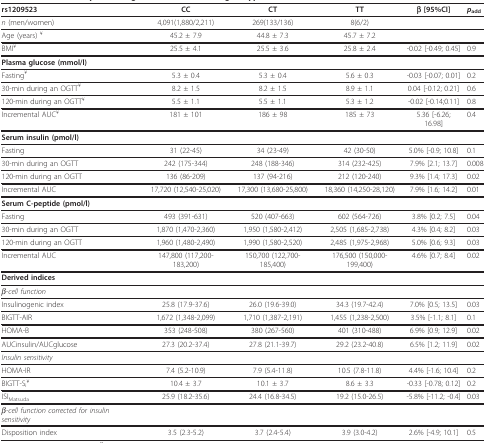
<table><thead><tr><td><b>rs1209523</b></td><td><b>CC</b></td><td><b>CT</b></td><td><b>TT</b></td><td><b>β [95%CI]</b></td><td><b><i>p</i><sub>add</sub></b></td></tr></thead><tbody><tr><td><i>n </i>(men/women)</td><td>4,091(1,880/2,211)</td><td>269(133/136)</td><td>8(6/2)</td><td></td><td></td></tr><tr><td>Age (years) <sup>¥</sup></td><td>45.2 ± 7.9</td><td>44.8 ± 7.3</td><td>45.7 ± 7.2</td><td></td><td></td></tr><tr><td>BMI<sup>¥</sup></td><td>25.5 ± 4.1</td><td>25.5 ± 3.6</td><td>25.8 ± 2.4</td><td>-0.02 [-0.49; 0.45]</td><td>0.9</td></tr><tr><td><b>Plasma glucose (mmol/l)</b></td><td></td><td></td><td></td><td></td><td></td></tr><tr><td>Fasting<sup>¥</sup></td><td>5.3 ± 0.4</td><td>5.3 ± 0.4</td><td>5.6 ± 0.3</td><td>-0.03 [-0.07; 0.01]</td><td>0.2</td></tr><tr><td>30-min during an OGTT<sup>¥</sup></td><td>8.2 ± 1.5</td><td>8.2 ± 1.5</td><td>8.9 ± 1.1</td><td>0.04 [-0.12; 0.21]</td><td>0.6</td></tr><tr><td>120-min during an OGTT<sup>¥</sup></td><td>5.5 ± 1.1</td><td>5.5 ± 1.1</td><td>5.3 ± 1.2</td><td>-0.02 [-0.14;0.11]</td><td>0.8</td></tr><tr><td>Incremental AUC<sup>¥</sup></td><td>181 ± 101</td><td>186 ± 98</td><td>185 ± 73</td><td>5.36 [-6.26; 16.98]</td><td>0.4</td></tr><tr><td><b>Serum insulin (pmol/l)</b></td><td></td><td></td><td></td><td></td><td></td></tr><tr><td>Fasting</td><td>31 (22-45)</td><td>34 (23-49)</td><td>42 (30-50)</td><td>5.0% [-0.9; 10.8]</td><td>0.1</td></tr><tr><td>30-min during an OGTT</td><td>242 (175-344)</td><td>248 (188-346)</td><td>314 (232-425)</td><td>7.9% [2.1; 13.7]</td><td>0.008</td></tr><tr><td>120-min during an OGTT</td><td>136 (86-209)</td><td>137 (94-216)</td><td>212 (120-240)</td><td>9.3% [1.4; 17.3]</td><td>0.02</td></tr><tr><td>Incremental AUC</td><td>17,720 (12,540-25,020)</td><td>17,300 (13,680-25,800)</td><td>18,360 (14,250-28,120)</td><td>7.9% [1.6; 14.2]</td><td>0.01</td></tr><tr><td><b>Serum C-peptide (pmol/l)</b></td><td></td><td></td><td></td><td></td><td></td></tr><tr><td>Fasting</td><td>493 (391-631)</td><td>520 (407-663)</td><td>602 (564-726)</td><td>3.8% [0.2; 7.5]</td><td>0.04</td></tr><tr><td>30-min during an OGTT</td><td>1,870 (1,470-2,360)</td><td>1,950 (1,580-2,412)</td><td>2,505 (1,685-2,738)</td><td>4.3% [0.4; 8.2]</td><td>0.03</td></tr><tr><td>120-min during an OGTT</td><td>1,960 (1,480-2,490)</td><td>1,990 (1,580-2,520)</td><td>2,485 (1,975-2,968)</td><td>5.0% [0.6; 9.3]</td><td>0.03</td></tr><tr><td>Incremental AUC</td><td>147,800 (117,200-183,200)</td><td>150,700 (122,700-185,400)</td><td>176,500 (150,000-199,400)</td><td>4.6% [0.7; 8.4]</td><td>0.02</td></tr><tr><td><b>Derived indices</b></td><td></td><td></td><td></td><td></td><td></td></tr><tr><td><i>β-cell function</i></td><td></td><td></td><td></td><td></td><td></td></tr><tr><td>Insulinogenic index</td><td>25.8 (17.9-37.6)</td><td>26.0 (19.6-39.0)</td><td>34.3 (19.7-42.4)</td><td>7.0% [0.5; 13.5]</td><td>0.03</td></tr><tr><td>BIGTT-AIR</td><td>1,672 (1,348-2,099)</td><td>1,710 (1,387-2,191)</td><td>1,455 (1,238-2,500)</td><td>3.5% [-1.1; 8.1]</td><td>0.1</td></tr><tr><td>HOMA-B</td><td>353 (248-508)</td><td>380 (267-560)</td><td>401 (310-488)</td><td>6.9% [0.9; 12.9]</td><td>0.02</td></tr><tr><td>AUCinsulin/AUCglucose</td><td>27.3 (20.2-37.4)</td><td>27.8 (21.1-39.7)</td><td>29.2 (23.2-40.8)</td><td>6.5% [1.2; 11.9]</td><td>0.02</td></tr><tr><td><i>Insulin sensitivity</i></td><td></td><td></td><td></td><td></td><td></td></tr><tr><td>HOMA-IR</td><td>7.4 (5.2-10.9)</td><td>7.9 (5.4-11.8)</td><td>10.5 (7.8-11.8)</td><td>4.4% [-1.6; 10.4]</td><td>0.2</td></tr><tr><td>BIGTT-S<sub>i</sub><sup>¥</sup></td><td>10.4 ± 3.7</td><td>10.1 ± 3.7</td><td>8.6 ± 3.3</td><td>-0.33 [-0.78; 0.12]</td><td>0.2</td></tr><tr><td>ISI<sub>Matsuda</sub></td><td>25.9 (18.2-35.6)</td><td>24.4 (16.8-34.5)</td><td>19.2 (15.0-26.5)</td><td>-5.8% [-11.2; -0.4]</td><td>0.03</td></tr><tr><td><i>β-cell function corrected for insulin sensitivity</i></td><td></td><td></td><td></td><td></td><td></td></tr><tr><td>Disposition index</td><td>3.5 (2.3-5.2)</td><td>3.7 (2.4-5.4)</td><td>3.9 (3.0-4.2)</td><td>2.6% [-4.9; 10.1]</td><td>0.5</td></tr></tbody></table>